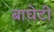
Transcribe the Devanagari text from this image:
बाघेटी